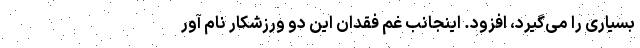
بسیاری را می‌گیرد، افزود. اینجانب غم فقدان این دو ورزشکار نام آور